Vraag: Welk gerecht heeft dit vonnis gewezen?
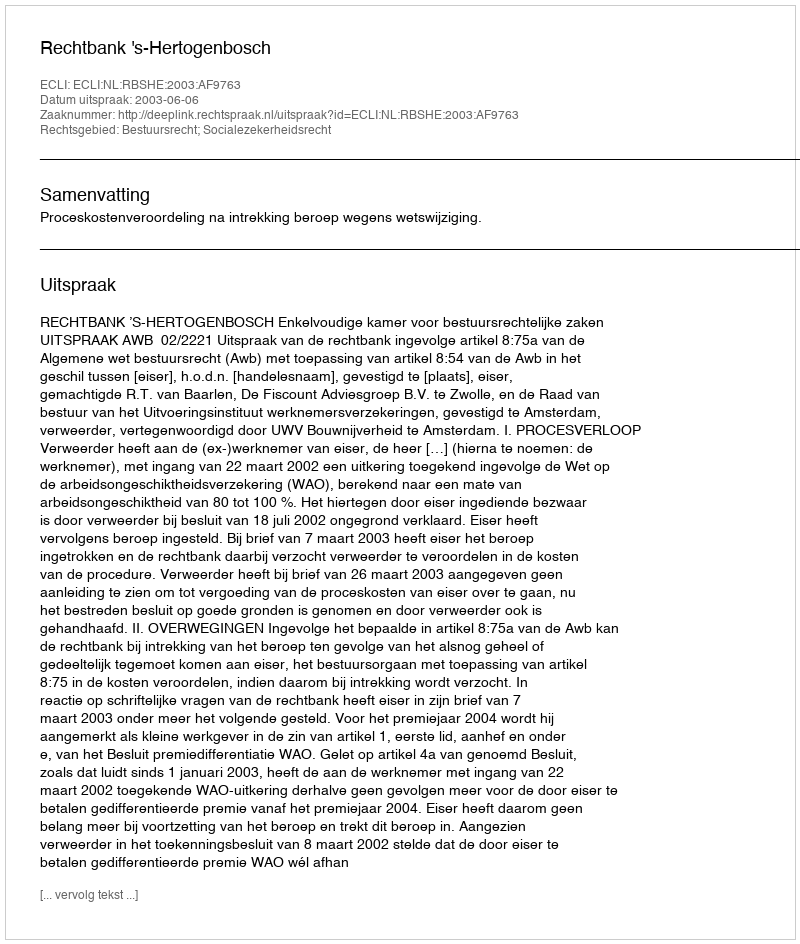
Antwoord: Rechtbank 's-Hertogenbosch